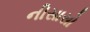
નીસાસો